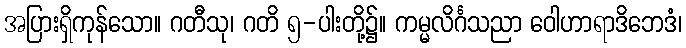
အပြားရှိကုန်သော။ ဂတီသု၊ ဂတိ ၅-ပါးတို့၌။ ကမ္မလိင်္ဂသညာ ဝေါဟာရာဒိဘေဒံ၊